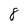
Character: 8